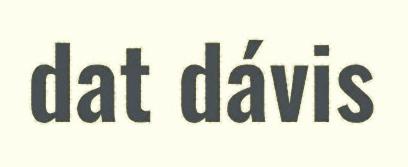
dat dávis